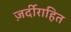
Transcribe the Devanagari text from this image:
ज़र्दीराहित